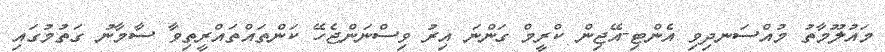
މައުލޫމާތު މުއްސަނދިވި އެންޓި-އޭޖިން ކްރީމް ގަންނަ އިރު ވިސްނަންޖެހޭ ކަންތައްތައްރީތިވާ ސާމާނު ގަތުމުގައި